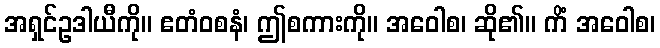
အရှင်ဥဒါယီကို။ ဧတံဝစနံ၊ ဤစကားကို။ အဝေါစ၊ ဆို၏။ ကိံ အဝေါစ၊